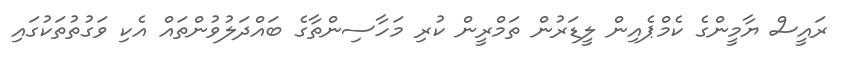
ރައީސް ޔާމީންގެ ކެމްޕެއިން ލީޑަރުން ތަމްރީން ކުރި މަހާސިންތާގެ ބައްދަލުވުންތައް އެކި ވަގުތުތަކުގައި